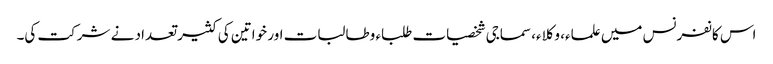
اس کانفرنس میں علماء، وکلاء، سماجی شخصیات طلباء وطالبات اور خواتین کی کثیر تعداد نے شرکت کی۔